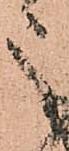
之